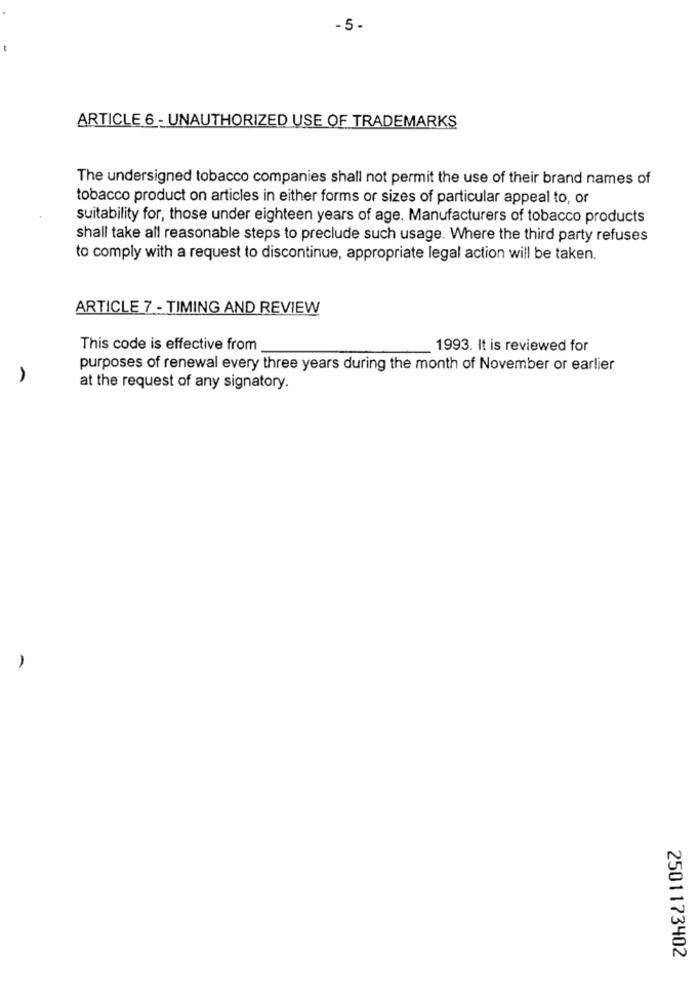
-5-
ARTICLE 6 - UNAUTHORIZED USE OF TRADEMARKS
The undersigned tobacco companies shall not permit the use of their brand names of
tobacco product on articles in either forms or sizes of particular appeal to, or
suitability for, those under eighteen years of age. Manufacturers of tobacco products
shall take all reasonable steps to preclude such usage. Where the third party refuses
to comply with a request to discontinue, appropriate legal action will be taken.
ARTICLE 7 - TIMING AND REVIEW
This code is effective from
1993. It is reviewed for
purposes of renewal every three years during the month of November or earlier
at the request of any signatory.
2501173402